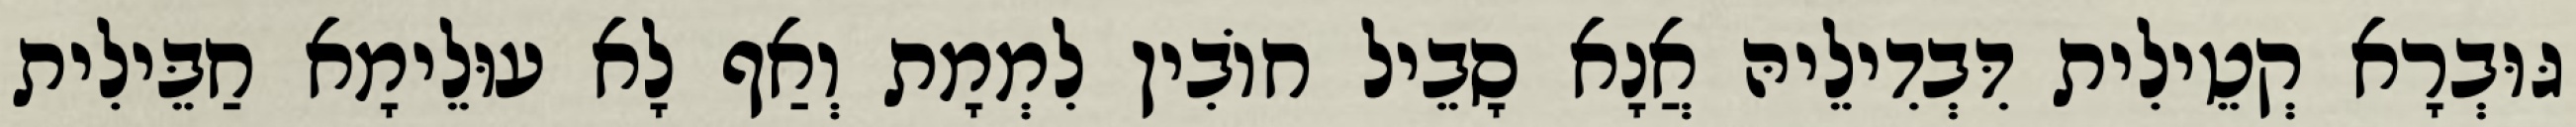
גּוּבְרָא קְטֵילִית דִּבְדִילֵיהּ אֲנָא סָבֵיל חוֹבִין לִמְמָת וְאַף לָא עוּלֵימָא חַבֵּילִית